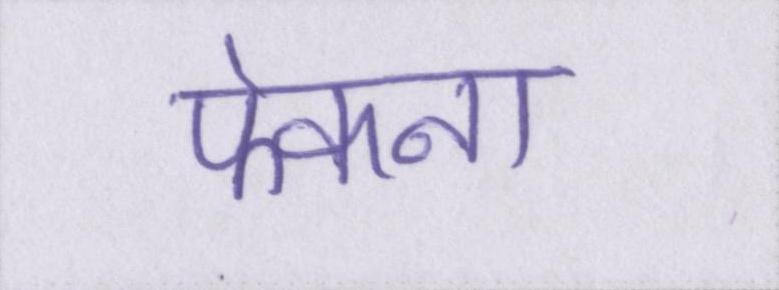
फेकना